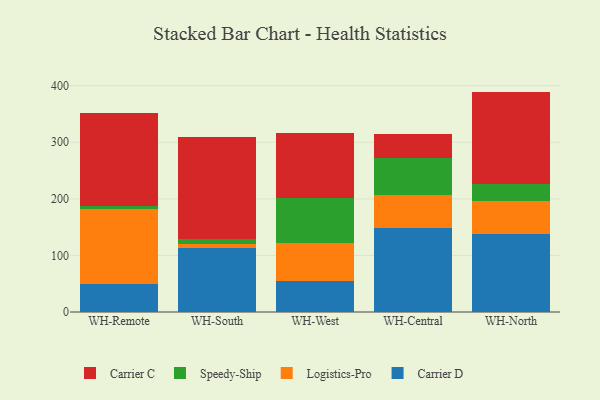
{"axis": {"x": "Warehouse", "y": "Active Users"}, "legend": ["Carrier C", "Carrier D", "Logistics-Pro", "Speedy-Ship"], "data": [{"x": "WH-Remote", "y": 49.2, "type": "Carrier D"}, {"x": "WH-Remote", "y": 132.1, "type": "Logistics-Pro"}, {"x": "WH-Remote", "y": 5.8, "type": "Speedy-Ship"}, {"x": "WH-Remote", "y": 164.5, "type": "Carrier C"}, {"x": "WH-South", "y": 112.6, "type": "Carrier D"}, {"x": "WH-South", "y": 7.4, "type": "Logistics-Pro"}, {"x": "WH-South", "y": 9.8, "type": "Speedy-Ship"}, {"x": "WH-South", "y": 179.8, "type": "Carrier C"}, {"x": "WH-West", "y": 55.1, "type": "Carrier D"}, {"x": "WH-West", "y": 66.7, "type": "Logistics-Pro"}, {"x": "WH-West", "y": 79.6, "type": "Speedy-Ship"}, {"x": "WH-West", "y": 114.5, "type": "Carrier C"}, {"x": "WH-Central", "y": 148.8, "type": "Carrier D"}, {"x": "WH-Central", "y": 57.5, "type": "Logistics-Pro"}, {"x": "WH-Central", "y": 66.6, "type": "Speedy-Ship"}, {"x": "WH-Central", "y": 41.7, "type": "Carrier C"}, {"x": "WH-North", "y": 137.4, "type": "Carrier D"}, {"x": "WH-North", "y": 59.4, "type": "Logistics-Pro"}, {"x": "WH-North", "y": 29.7, "type": "Speedy-Ship"}, {"x": "WH-North", "y": 163.1, "type": "Carrier C"}]}